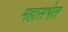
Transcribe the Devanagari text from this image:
महासभेत